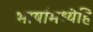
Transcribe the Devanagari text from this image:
भाषांमध्येहि